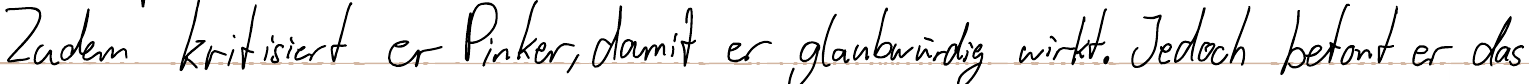
Zudem kritisiert er Pinker, damit er glaubwürdig wirkt. Jedoch betont er das